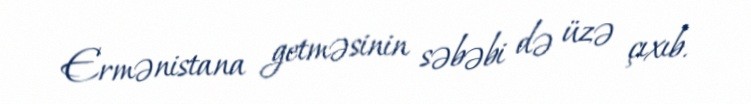
Ermənistana getməsinin səbəbi də üzə çıxıb.